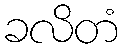
ခလိတံ